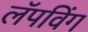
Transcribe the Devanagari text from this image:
लॅपविंग